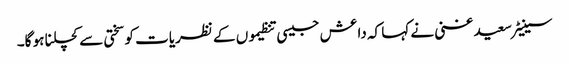
سینیٹر سعید غنی نے کہا کہ داعش جیسی تنظیموں کے نظریات کو سختی سے کچلنا ہو گا۔